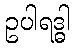
ဥပါရဒ္ဓါ